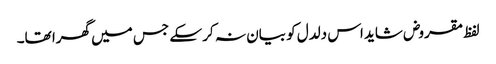
لفظ مقروض شاید اس دلدل کو بیان نہ کر سکے جس میں گھرا تھا۔